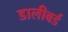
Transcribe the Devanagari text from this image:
डालीबर्ड